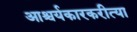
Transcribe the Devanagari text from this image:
आश्चर्यकारकरीत्या